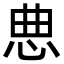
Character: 㤟